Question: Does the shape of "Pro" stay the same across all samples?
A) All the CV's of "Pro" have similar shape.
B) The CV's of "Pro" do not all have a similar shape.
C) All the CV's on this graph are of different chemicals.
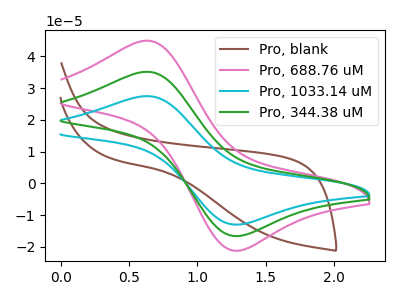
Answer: <think>The brown curve "Pro, blank" has no peaks. The pink curve "Pro, 688.76 uM" has an anodic peak at (0.60V, 44.95uA) and a cathodic peak at (1.30V, -21.15uA). The cyan curve "Pro, 1033.14 uM" has an anodic peak at (0.60V, 70.30uA) and a cathodic peak at (1.30V, -33.10uA). The green curve "Pro, 344.38 uM" has an anodic peak at (0.60V, 35.15uA) and a cathodic peak at (1.30V, -16.55uA).
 "Pro, blank" and "Pro, 688.76 uM" have a different number of peaks. "Pro, blank" and "Pro, 1033.14 uM" have a different number of peaks. "Pro, blank" and "Pro, 344.38 uM" have a different number of peaks. All the peaks in "Pro, 688.76 uM" have a peak in "Pro, 1033.14 uM" at the same potential. Every peak in "Pro, 688.76 uM" is lower than every peak in "Pro, 1033.14 uM". All the peaks in "Pro, 688.76 uM" have a peak in "Pro, 344.38 uM" at the same potential. Every peak in "Pro, 688.76 uM" is higher than every peak in "Pro, 344.38 uM". All the peaks in "Pro, 1033.14 uM" have a peak in "Pro, 344.38 uM" at the same potential. Every peak in "Pro, 1033.14 uM" is higher than every peak in "Pro, 344.38 uM".</think>
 <answer>A) All the CV's of "Pro" have similar shape.</answer>
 <eval>A</eval>